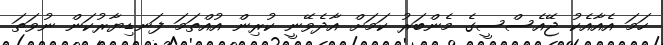
ހަމަ އެއާއެކު ޖޭއެސްސީގެ މެންބަރު ކަމަށް އާދެވޭނީ ކުރިން އުއްތަމަ ފަނޑިޔާރުކަން ނުވަތަ